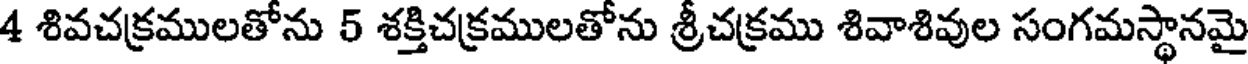
4 శివచక్రములతోను 5 శక్తిచక్రములతోను శ్రీచక్రము శివాశివుల సంగమస్థానమై